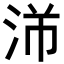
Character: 𬇣